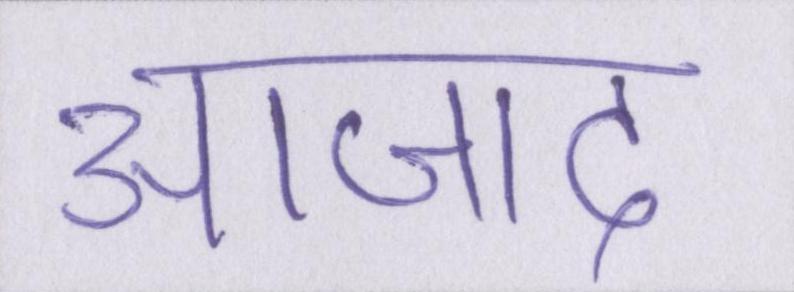
आजाद